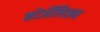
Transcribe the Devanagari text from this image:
कोॲलिशन